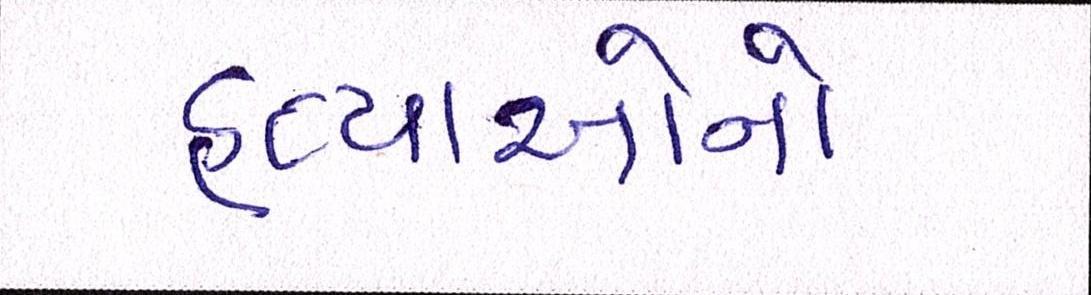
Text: હત્યાઓનો